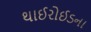
થાઈરોઈડના